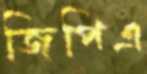
জিপিএ